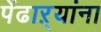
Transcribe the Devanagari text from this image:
पेंढाऱ्यांना